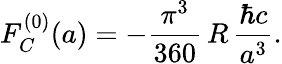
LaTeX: F_{C}^{(0)}(a)=-\frac{\pi^{3}}{360}\, R\, \frac{\hbar c}{a^{3}}.